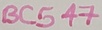
Text: BC547